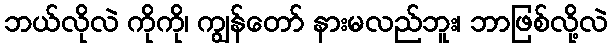
ဘယ်လိုလဲ ကိုကို၊ ကျွန်တော် နားမလည်ဘူး၊ ဘာဖြစ်လို့လဲ